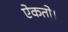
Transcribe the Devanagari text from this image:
ऐकतो।